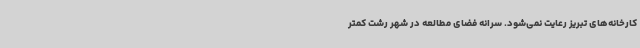
کارخانه‌های تبریز رعایت نمی‌شود. سرانه فضای مطالعه در شهر رشت کمتر